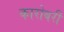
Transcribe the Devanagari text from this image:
कारोबरी